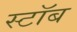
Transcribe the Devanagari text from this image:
स्टॉब